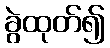
ခွဲထုတ်၍